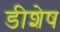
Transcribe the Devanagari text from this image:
डीशेष